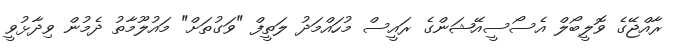
ރާއްޖޭގެ ވޮލީބޯލް އެސޯސީއޭޝަންގެ ރައީސް މުހައްމަދު ލަތީފް "ވަގުތަށް" މައުލޫމާތު ދެމުން ވިދާޅުވީ